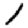
Digit: 1